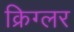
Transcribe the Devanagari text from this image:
क्रिग्लर